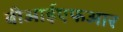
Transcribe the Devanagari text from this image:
बीआईएफआर